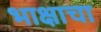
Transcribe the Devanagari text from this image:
भाक्षाचा